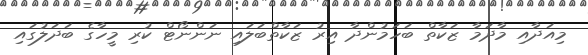
މިއަދާއި މާދަމާ ޒަކާތް ބަހަމުންދާ އިރު ޒަކާތްބަލައި ނަންނޯޓް ކުރި މީހާގެ ބަދަލުގައި